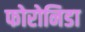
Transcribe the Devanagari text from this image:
फोरोनिडा